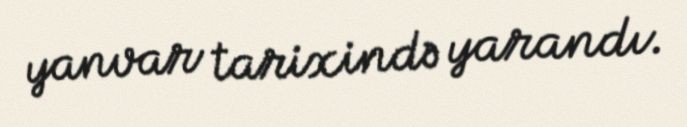
yanvar tarixində yarandı.